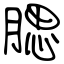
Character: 腮